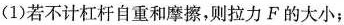
(1)若不计杠杆自重和摩擦，则拉力F的大小；